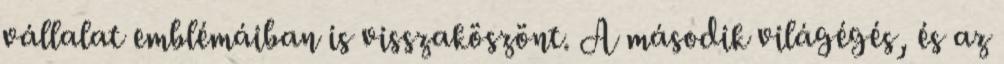
vállalat emblémáiban is visszaköszönt. A második világégés, és az